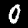
Label: 0